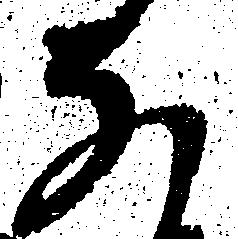
な